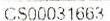
CS00031663